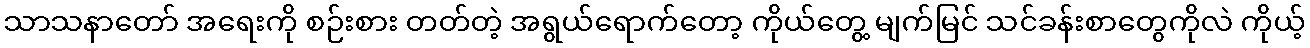
သာသနာတော် အရေးကို စဉ်းစား တတ်တဲ့ အရွယ်ရောက်တော့ ကိုယ်တွေ့ မျက်မြင် သင်ခန်းစာတွေကိုလဲ ကိုယ့်